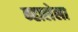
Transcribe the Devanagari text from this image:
न्हालेला